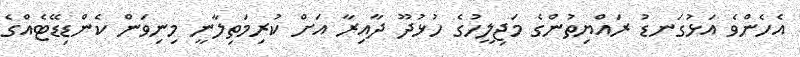
އެހެންވެ އަޅުގަނޑު ރައްޔިތުންގެ މަޖިލީހުގެ ހުޅުދޫ ދާއިރާ އަށް ކުރިމަތިލާނީ މިނިވަން ކެންޑިޑޭޓެއްގެ